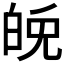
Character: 𤽪